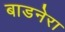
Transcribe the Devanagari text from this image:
बाडनेरा